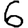
Digit: 6